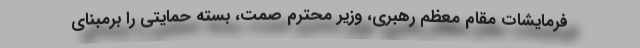
فرمایشات مقام معظم رهبری، وزیر محترم صمت، بسته حمایتی را برمبنای